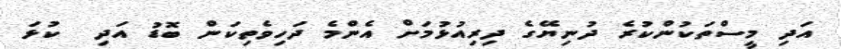
އަދި މީސްތަކުންކުރެ ދުނިޔޭގެ ދިރިއުޅުމަށް އެންމެ ދަހިވެތިކަން ބޮޑު އަދި  ކުޅަ